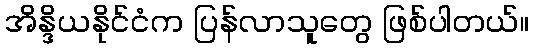
အိန္ဒိယနိုင်ငံက ပြန်လာသူတွေ ဖြစ်ပါတယ်။